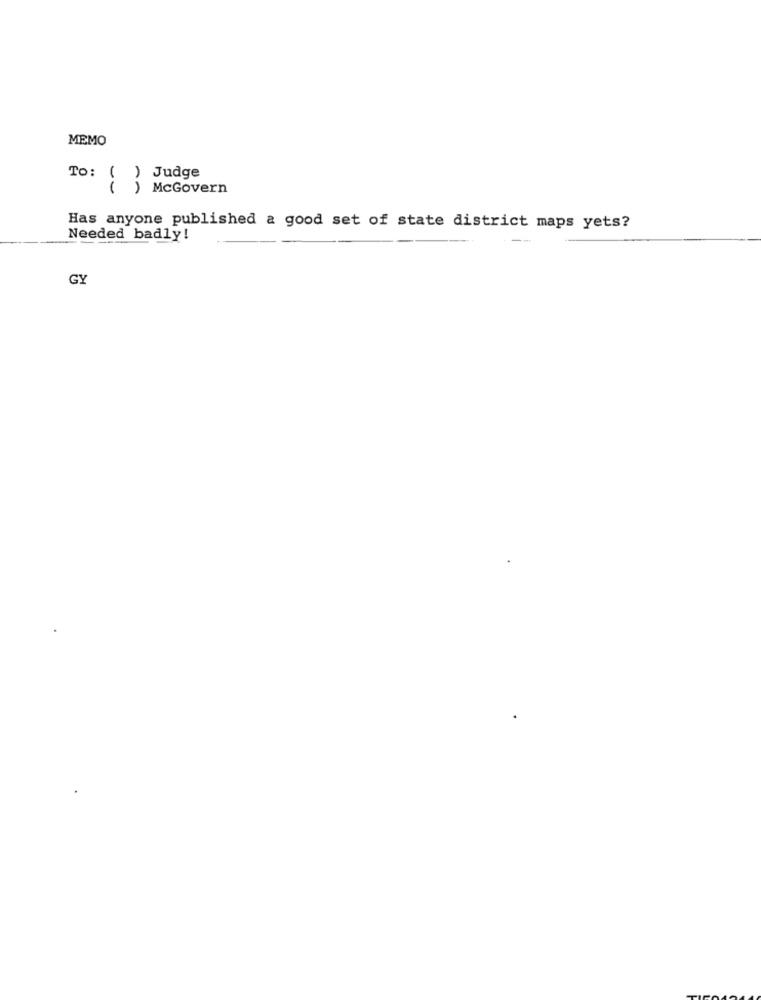
MEMO
To: ( ) Judge
( ) McGovern
Has anyone published a good set of state district maps yets?
Needed badly!
GY